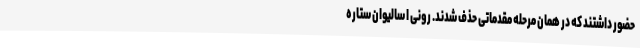
حضور داشتند که در همان مرحله مقدماتی حذف شدند. رونی ا سالیوان ستاره